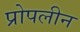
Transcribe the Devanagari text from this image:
प्रोपलीन